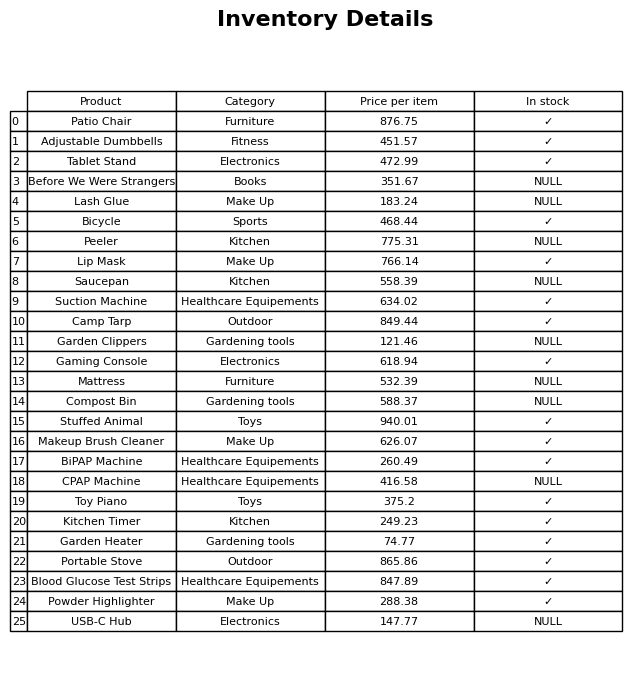
question: What category does the Toy Piano belong to?
answer: Toys